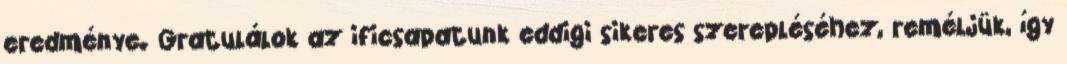
eredménye. Gratulálok az ificsapatunk eddigi sikeres szerepléséhez, reméljük, így